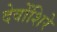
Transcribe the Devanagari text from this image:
देवोंशिरे